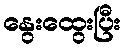
နွေးထွေးပြီး